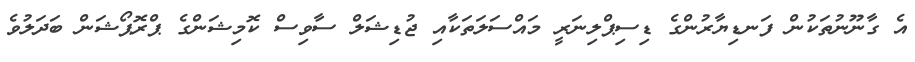
އެ ގާނޫނުތަކުން ފަނޑިޔާރުންގެ ޑިސިޕްލިނަރީ މައްސަލަތަކާއި ޖުޑިޝަލް ސާވިސް ކޮމިޝަންގެ ޕްރޮޕޯޝަން ބަދަލުވެ